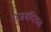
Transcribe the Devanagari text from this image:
राजमंदिरात